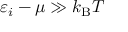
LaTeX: \varepsilon _ { i } - \mu \gg k _ { \mathrm { { B } } } T